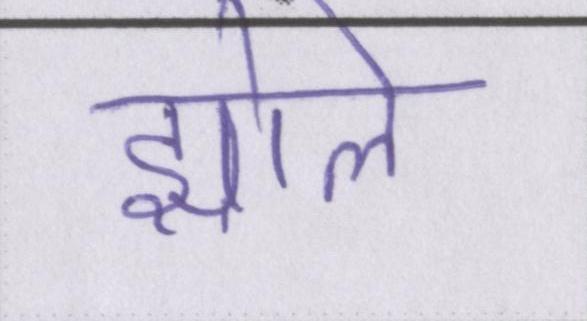
झोले